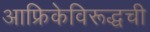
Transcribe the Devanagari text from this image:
आफ्रिकेविरूद्धची